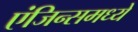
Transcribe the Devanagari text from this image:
एंजिन्समध्ये